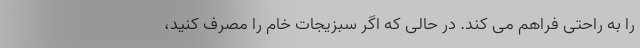
را به راحتی فراهم می کند. در حالی که اگر سبزیجات خام را مصرف کنید،